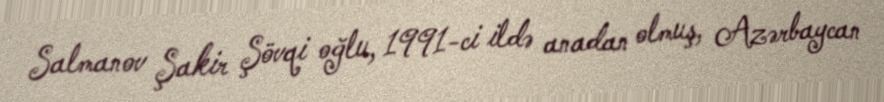
Salmanov Şakir Şövqi oğlu, 1991-ci ildə anadan olmuş, Azərbaycan